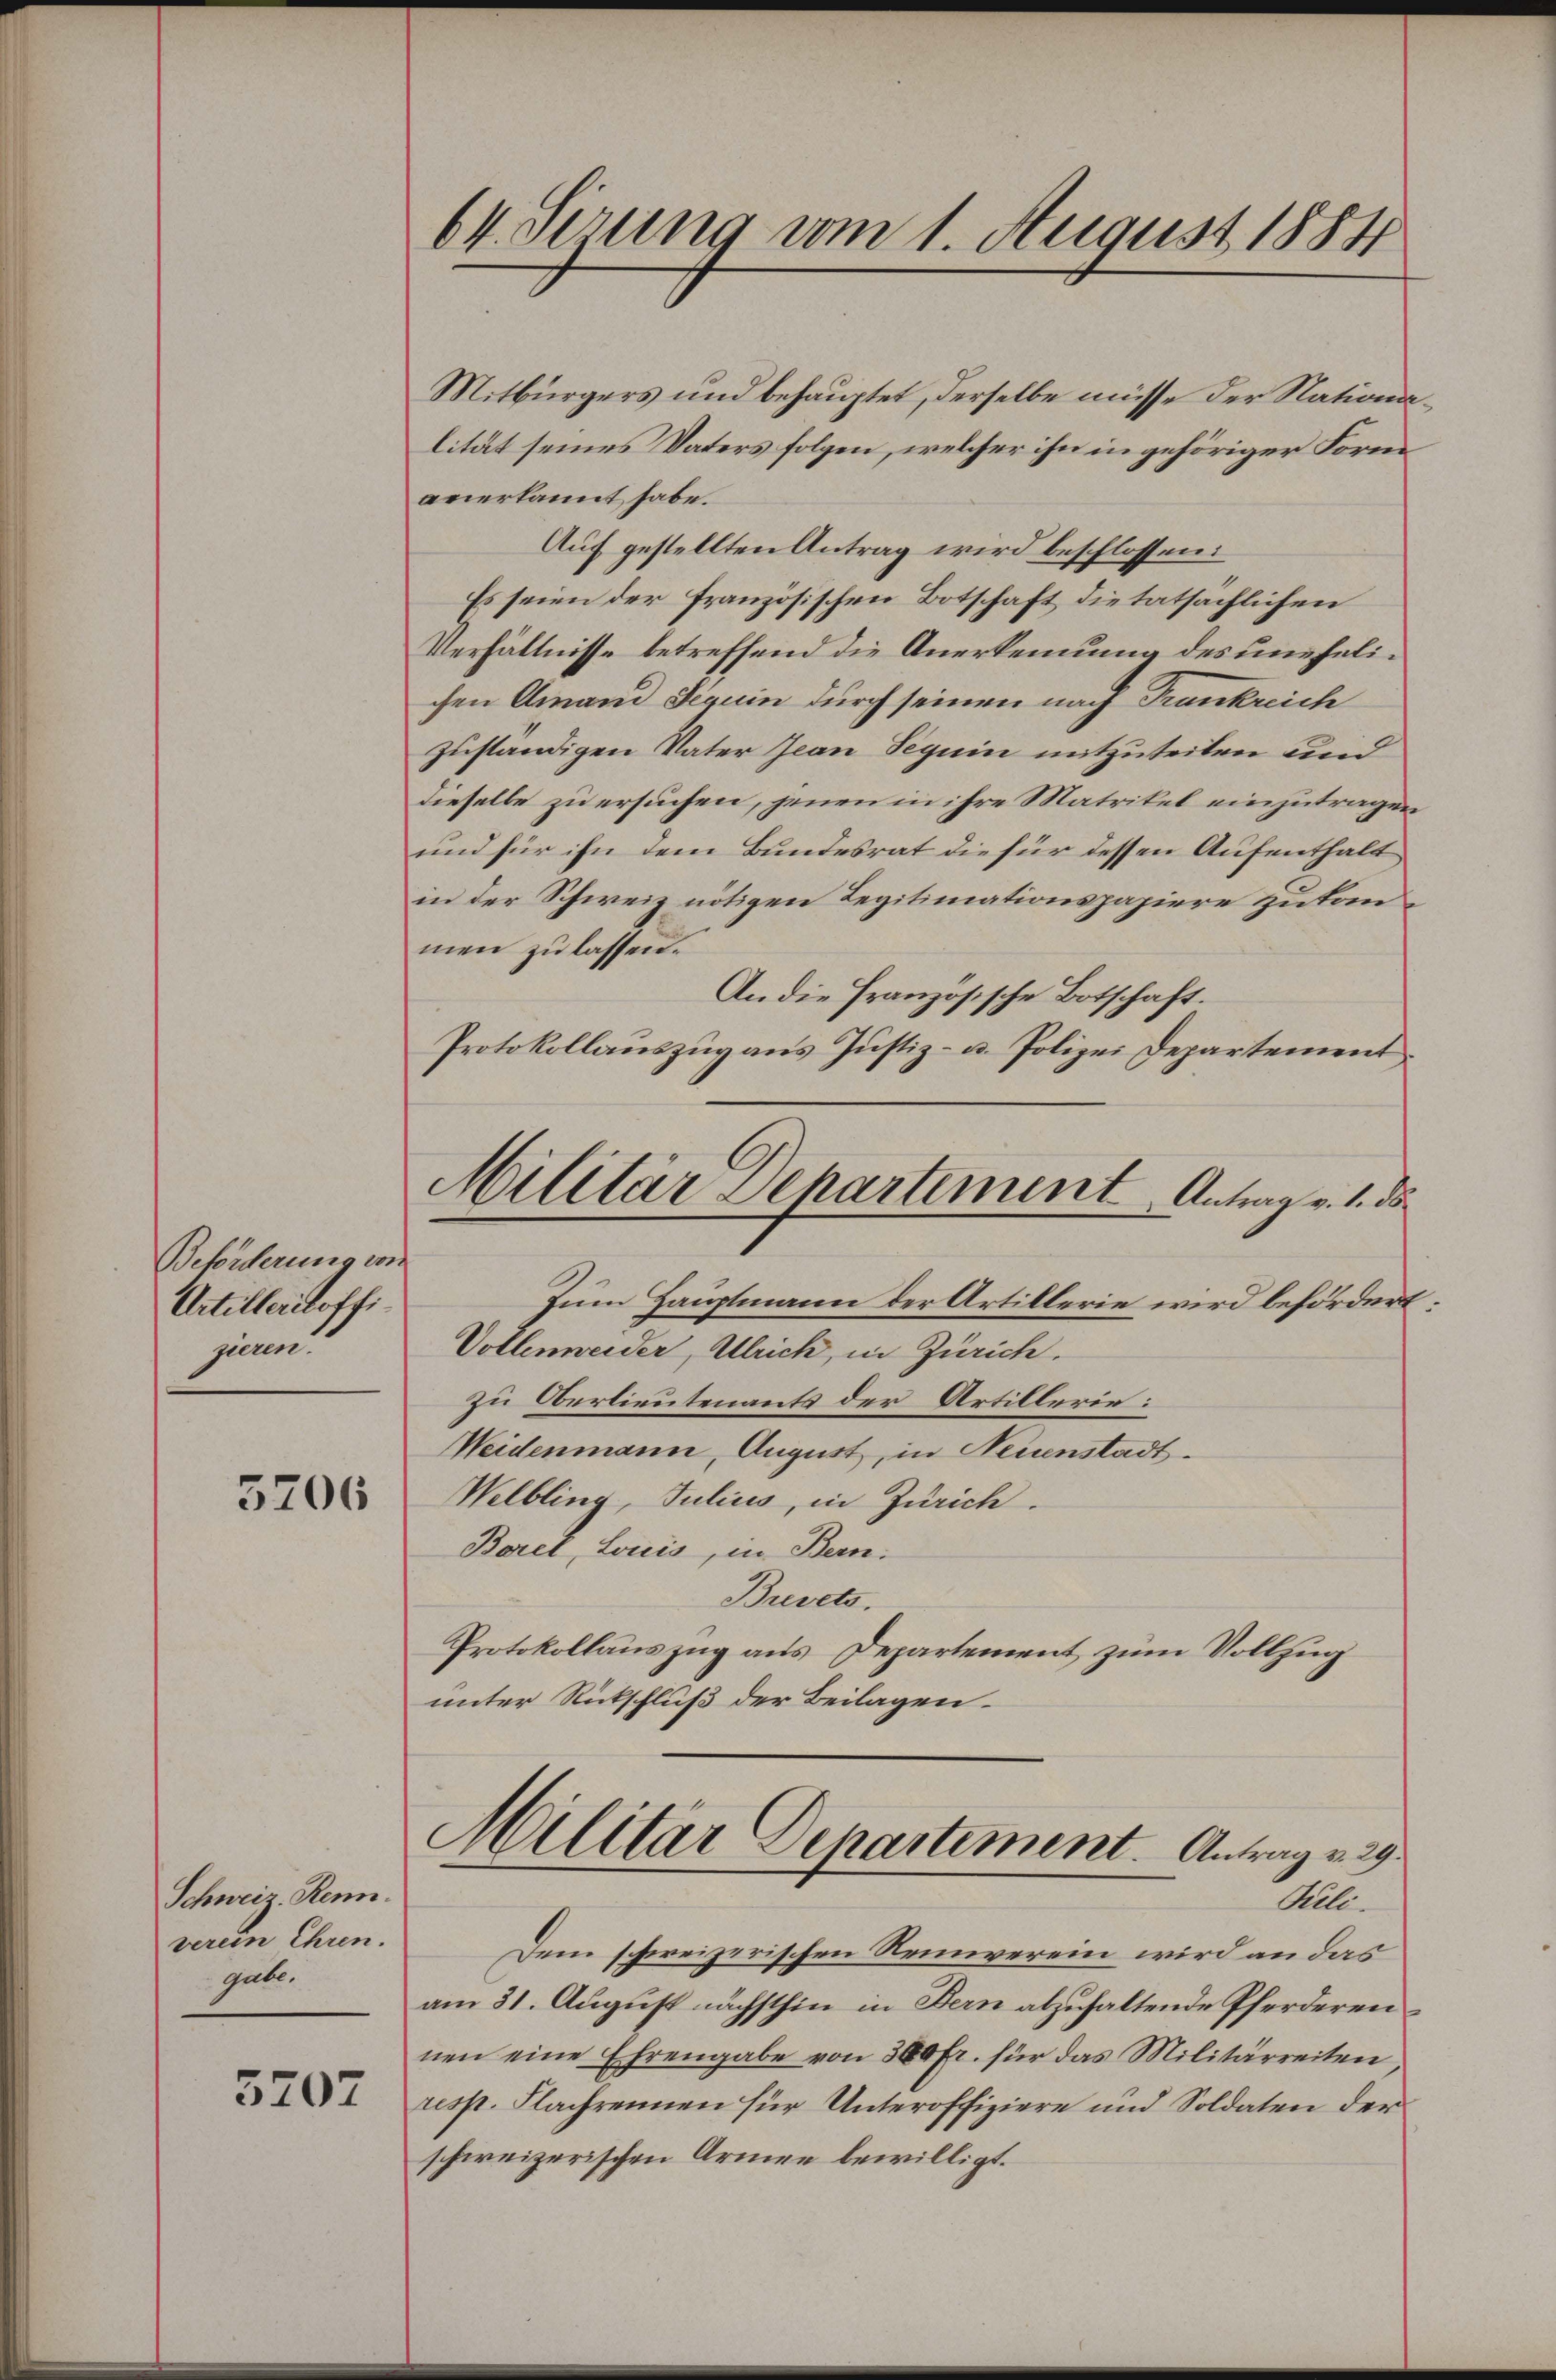
Beforderung von
Artillerloffizieren.

5206

Schweiz. Renn.
verein Ehren.
gabe.

5207

64. Serung vom 1. August 1884

Mitbürgers und behauptet, derselbe müsse der Nationalität seines Vaters folgen, welcher ihn in gehöriger Form
anerkannt habe.
Auf gestellten Antrag wird beschlossen:
Es seien der französischen Botschaft die tatsächlichen
Verhältnisse betreffend die Anerkennung des unehelichen Amand Seguin durch seinen nach Frankreich
zuständigen Vater Jean Seguin mitzuteilen und
dieselbe zu ersuchen, jenen in ihre Matrikel einzutragen,
und für ihn dem Bundesrat die für dessen Aufenthalt
in der Schweiz nötigen Legitimationspapiere zu tanmen zu lassen.
An die Französische Botschaft.
Protokollauszug aus Justiz- u. Polizei Departement
Militär Departement Antrag v. 1. ds
Zum Hauptmann der Artillerie wird befördert
Vollenweider, Ulrich, in Zürich.
zu Oberlieutenants der Artillerie:
Weidenmann, August, in Neuenstadt¬
Welbling, Julius, in Zürich.
Borel, Louis, in Bern.
Brevets.
Protokollauszug aus Departement zum Vollzug
unter Rückschluß der Beilagen.

Militär Departement. Antrag v. 29.
Mal

Dem schweizerischen Reinverein wird an das
am 31. August nächsthin in Bern abzuhaltende Pferderennen eine Ehrengabe von 300 Fr. für das Militärreiten
resp. Flachrennen für Unteroffiziere und Soldaten der
schweizerischen Armen bewilligt.